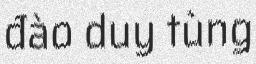
đào duy tùng